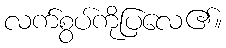
လက်စွပ်ကိုပြလေ၏။